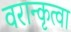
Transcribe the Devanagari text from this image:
वरान्कृत्वा